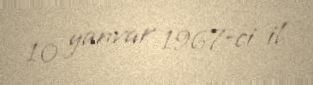
10 yanvar 1967-ci il